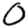
Digit: 0